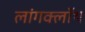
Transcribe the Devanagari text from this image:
लांगक्लॉथ